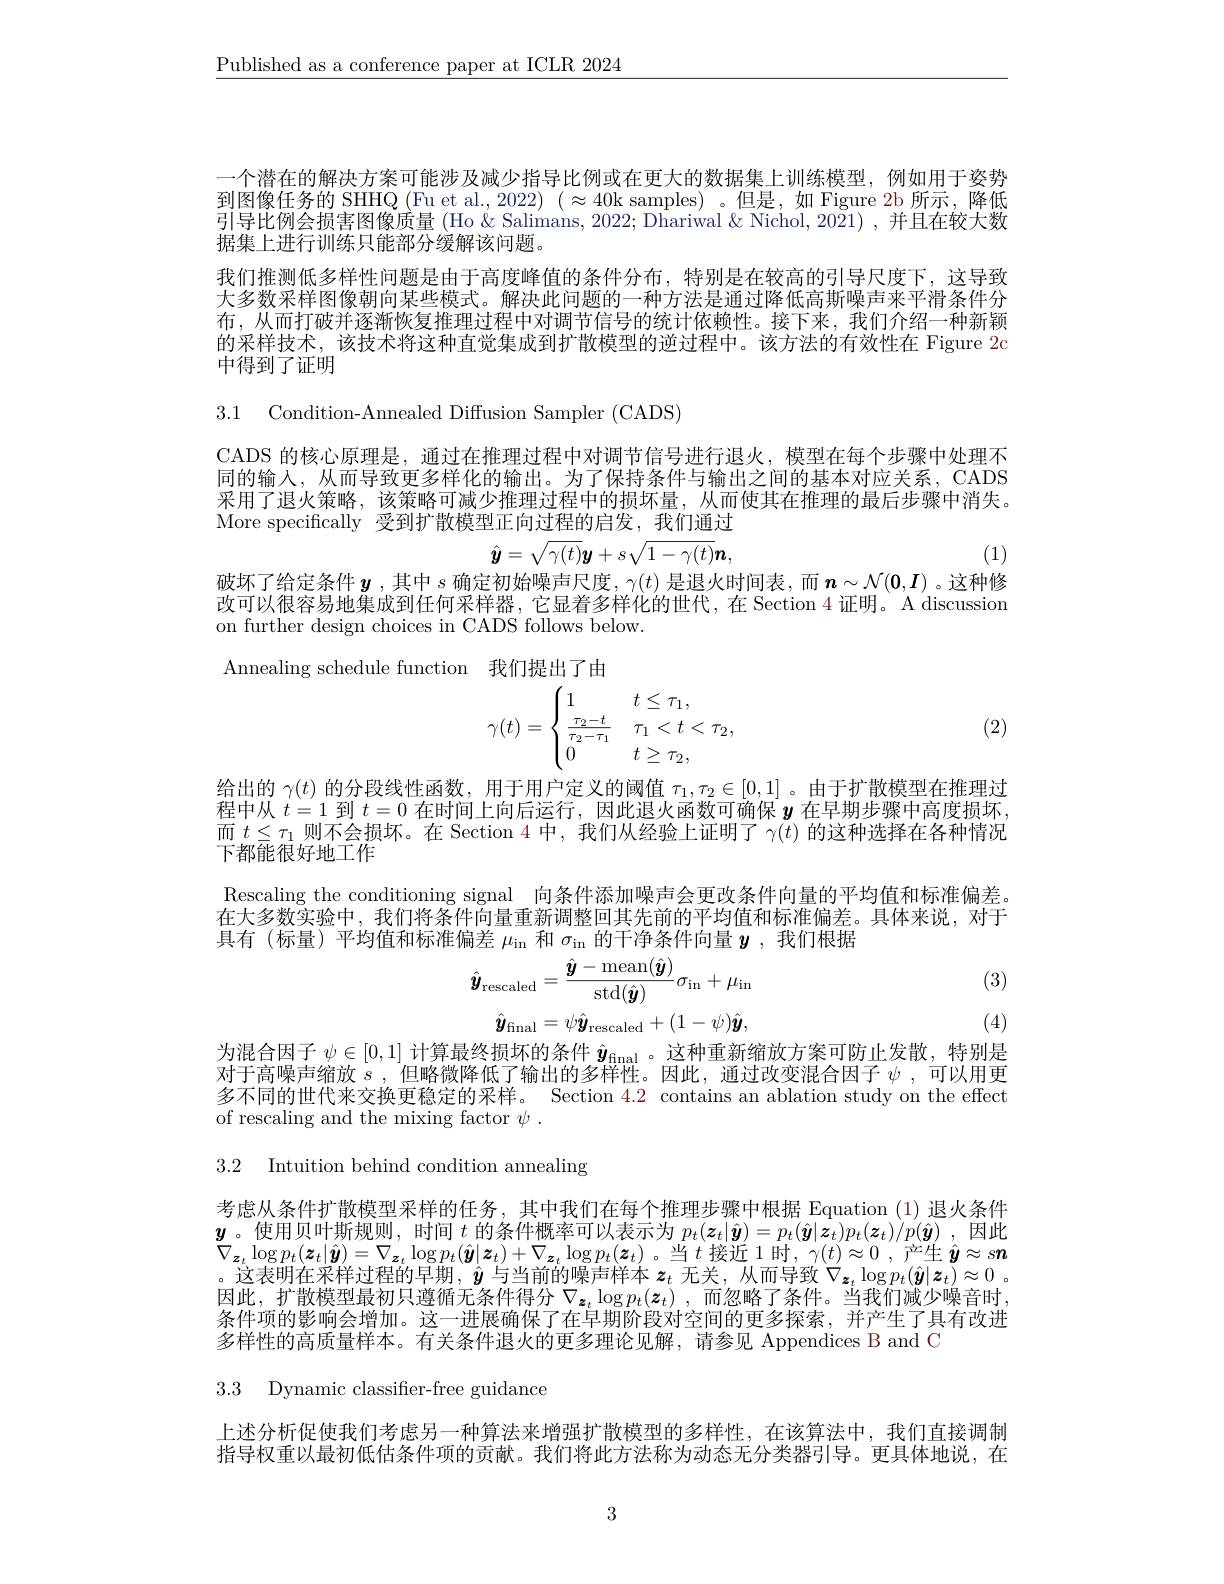
$\underline{\text{Published as a conference paper at ICLR 2024}}$

一个潜在的解决方案可能涉及减少指导比例或在更大的数据集上训练模型，例如用于姿势到图像任务的 SHHQ (Fu et al., 2022) ( $\approx40$k samples) 。但是，如 Figure 2b 所示，降低引导比例会损害图像质量 (Ho &Salimans, 2022; Dhariwal &Nichol, 2021) ,并且在较大数据集上进行训练只能部分缓解该问题。
我们推测低多样性问题是由于高度峰值的条件分布，特别是在较高的引导尺度下，这导致大多数采样图像朝向某些模式。解决此问题的一种方法是通过降低高斯噪声来平滑条件分布，从而打破并逐渐恢复推理过程中对调节信号的统计依赖性。接下来，我们介绍一种新颖的采样技术，该技术将这种直觉集成到扩散模型的逆过程中。该方法的有效性在 Figure 2c 中得到了证明

3.1 Condition-Annealed Diffusion Sampler( CADS)

CADS 的核心原理是，通过在推理过程中对调节信号进行退火，模型在每个步骤中处理不同的输入，从而导致更多样化的输出。为了保持条件与输出之间的基本对应关系，CADS 采用了退火策略，该策略可减少推理过程中的损坏量，从而使其在推理的最后步骤中消失。More specifically 受到扩散模型正向过程的启发，我们通过
$$\hat{\boldsymbol{y}}=\sqrt{\gamma(t)}\boldsymbol{y}+s\sqrt{1-\gamma(t)}\boldsymbol{n},$$
破坏了给定条件$\boldsymbol{y}$ ,其中$s$确定初始噪声尺度$,\gamma(t)$是退火时间表，而$\boldsymbol{n}\sim\mathcal{N}(\mathbf{0},I)$ 。这种修

(1)

改可以很容易地集成到任何采样器，它显着多样化的世代，在 Section 4 证明。A discussion
on further design choices in CADS follows below.

Annealing schedule function 我们提出了由
$$\gamma(t)=\begin{cases}1&t\leq\tau_1,\\\frac{\tau_2-t}{\tau_2-\tau_1}&\tau_1<t<\tau_2,\\0&t\geq\tau_2,\end{cases}$$
(2)

给出的$\gamma(t)$的分段线性函数，用于用户定义的阈值$\tau_1,\tau_2\in[0,1]$ 。由于扩散模型在推理过程中从$t=1$到$t=0$在时间上向后运行，因此退火函数可确保$y$在早期步骤中高度损坏而$t\leq\tau_1$则不会损坏。在 Section 4 中，我们从经验上证明了$\gamma(t)$的这种选择在各种情况下都能很好地工作
Rescaling the conditioning signal 向条件添加噪声会更改条件向量的平均值和标准偏差。在大多数实验中，我们将条件向量重新调整回其先前的平均值和标准偏差。具体来说，对于具有(标量)平均值和标准偏差$\mu_\mathrm{in}$和$\sigma_\mathrm{in}$的干净条件向量$\boldsymbol{y}$ ,我们根据
$$\hat{\boldsymbol{y}}_{\mathrm{rescaled}}=\frac{\hat{\boldsymbol{y}}-\max(\hat{\boldsymbol{y}})}{\mathrm{std}(\hat{\boldsymbol{y}})}\sigma_{\mathrm{in}}+\mu_{\mathrm{in}}$$
(3)
$$\hat{\boldsymbol{y}}_\mathrm{final}=\psi\hat{\boldsymbol{y}}_\mathrm{rescaled}+(1-\psi)\hat{\boldsymbol{y}},$$
(4)

为混合因子$\psi\in[0,1]$计算最终损坏的条件$\hat{y}_\mathrm{final}$ 。这种重新缩放方案可防止发散，特别是对于高噪声缩放$s$,但略微降低了输出的多样性。因此，通过改变混合因子$\psi$,可以用更多不同的世代来交换更稳定的采样。Section 4.2 contains an ablation study on the effect of rescaling and the mixing factor $\psi.$

3.2 Intuition behind condition annealing

考虑从条件扩散模型采样的任务，其中我们在每个推理步骤中根据 Equation (1) 退火条件$\boldsymbol{y}$。使用贝叶斯规则，时间$t$的条件概率可以表示为$p_t(\boldsymbol z_t|\hat{\boldsymbol{y}})=p_t(\hat{\boldsymbol{y}}|\bar{\boldsymbol{z}}_t)p_t(\boldsymbol{z}_t)/p(\hat{\boldsymbol{y}})$,因此$\nabla_{\boldsymbol{z}_{t}}\log p_{t}(\boldsymbol{z}_{t}|\hat{\boldsymbol{y}})=\nabla_{\boldsymbol{z}_{t}}\log p_{t}(\hat{\boldsymbol{y}}|\boldsymbol{z}_{t})+\nabla_{\boldsymbol{z}_{t}}\log p_{t}(\boldsymbol{z}_{t})$。当$t$ 接近1时，$\gamma(t)\approx0$,产生$\hat{\boldsymbol{y}}\approx s\boldsymbol{n}$ 。这表明在采样过程的早期，$\hat{\boldsymbol{y}}$与当前的噪声样本$\boldsymbol z_t$无关，从而导致$\nabla_{\boldsymbol{z}_t}\log p_t(\hat{\boldsymbol{y}}|\boldsymbol{z}_t)\approx0$。因此，扩散模型最初只遵循无条件得分$\nabla_{\boldsymbol{z}_t}\log p_t(\boldsymbol{z}_t)$,而忽略了条件。当我们减少噪音时， 条件项的影响会增加。这一进展确保了在早期阶段对空间的更多探索，并产生了具有改进多样性的高质量样本。有关条件退火的更多理论见解，请参见 Appendices B and C

3.3 Dynamic classifier-free guidance

上述分析促使我们考虑另一种算法来增强扩散模型的多样性，在该算法中，我们直接调制指导权重以最初低估条件项的贡献。我们将此方法称为动态无分类器引导。更具体地说，在

3